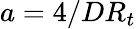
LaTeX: a=4/DR_{t}